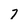
Character: 7